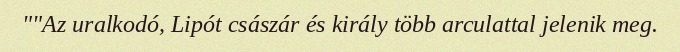
""Az uralkodó, Lipót császár és király több arculattal jelenik meg.